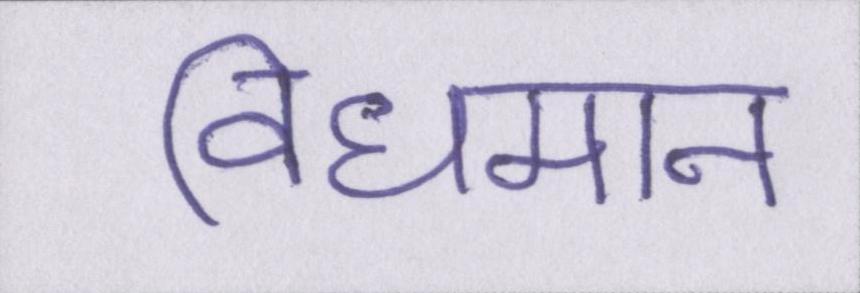
विधमान